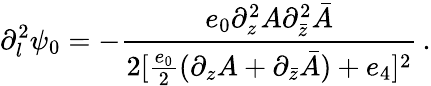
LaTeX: \partial_{l}^{2}\psi_{0}=-\frac{e_{0}\partial_{z}^{2}A\partial_{\bar{z}}^{2}\bar{A}}{2[\frac{e_{0}}{2}(\partial_{z}A+\partial_{\bar{z}}\bar{A})+e_{4}]^{2}}\, .